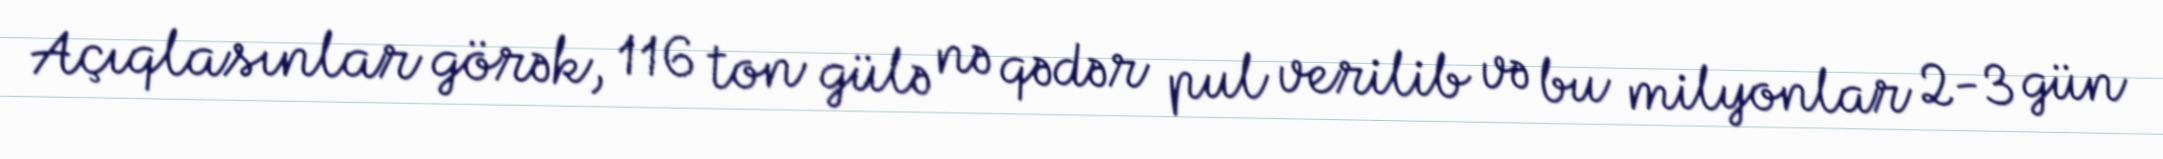
Açıqlasınlar görək, 116 ton gülə nə qədər pul verilib və bu milyonlar 2-3 gün